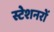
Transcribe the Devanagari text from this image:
स्टेशनरों